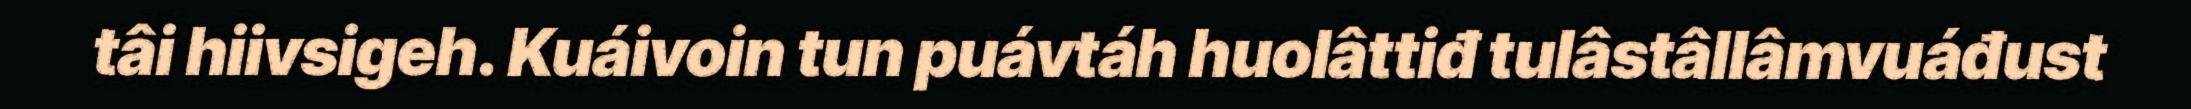
tâi hiivsigeh. Kuáivoin tun puávtáh huolâttiđ tulâstâllâmvuáđust